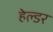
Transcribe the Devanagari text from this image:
हेल्डर